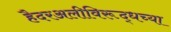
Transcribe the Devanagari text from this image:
हैदरअलीविरूद्धच्या